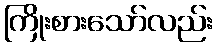
ကြိုးစားသော်လည်း